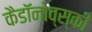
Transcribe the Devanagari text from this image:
कैडाॅनोव्स्की